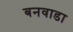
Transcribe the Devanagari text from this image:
बनवाडा